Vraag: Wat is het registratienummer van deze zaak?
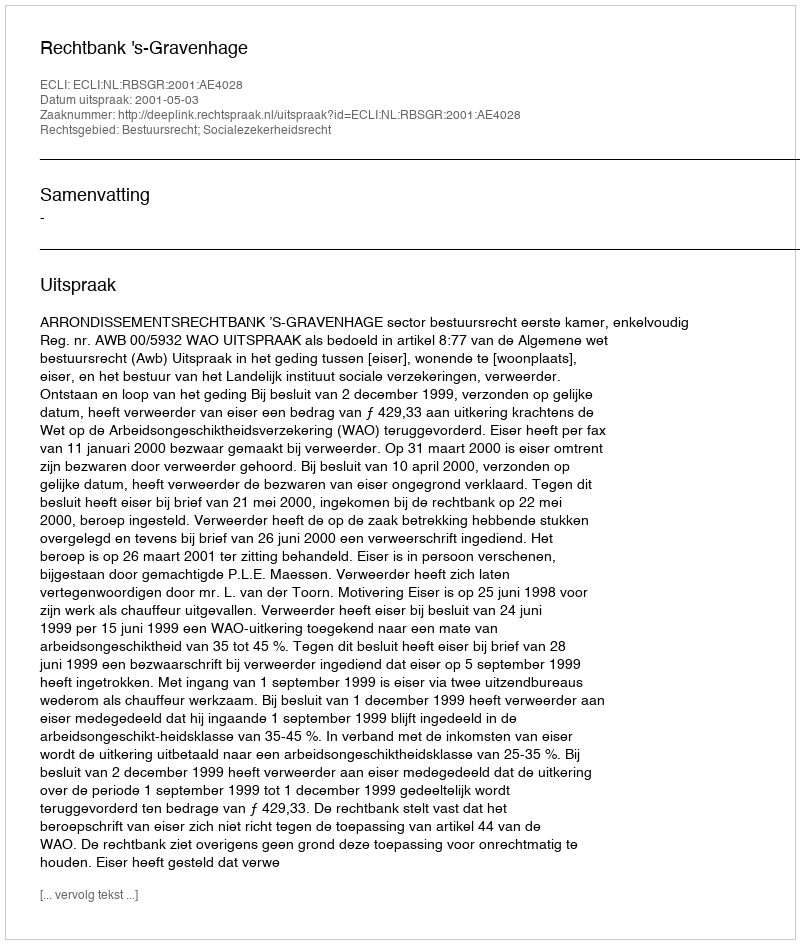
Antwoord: http://deeplink.rechtspraak.nl/uitspraak?id=ECLI:NL:RBSGR:2001:AE4028